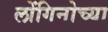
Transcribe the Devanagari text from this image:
लोंगिनोच्या